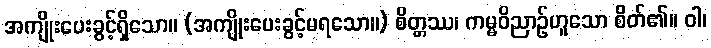
အကျိုးပေးခွင့်ရှိသော။ (အကျိုးပေးခွင့်မရသော။) စိတ္တဿ၊ ကမ္မဝိညာဉ်ဟူသော စိတ်၏။ ဝါ၊